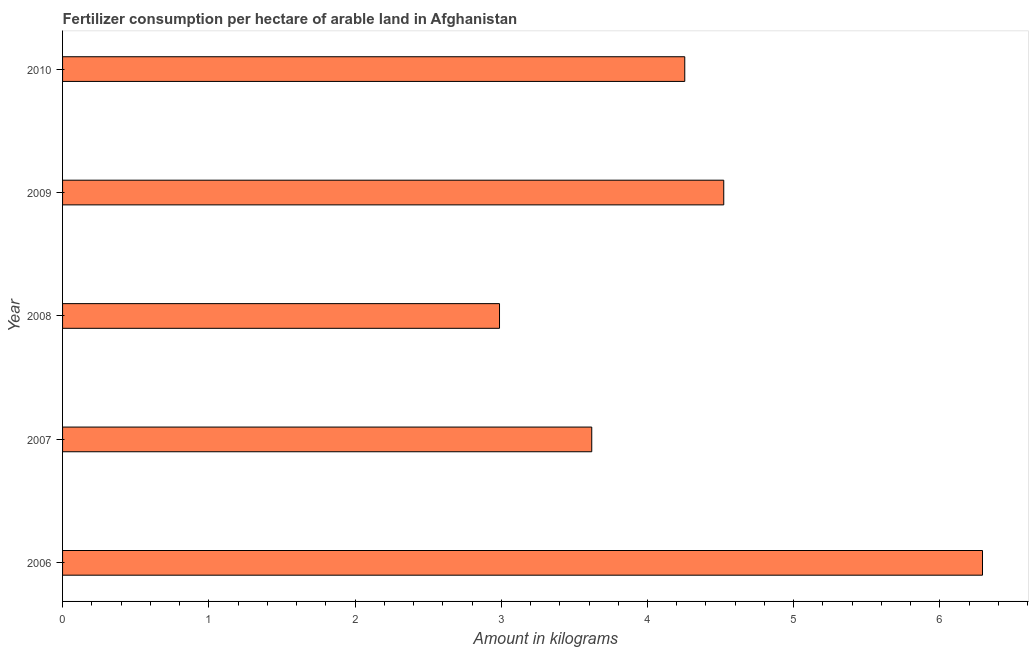
| Year | Fertilizer consumption |
 | --- | --- |
 | 2006 | 6.29 |
 | 2007 | 3.62 |
 | 2008 | 2.99 |
 | 2009 | 4.52 |
 | 2010 | 4.25 |